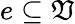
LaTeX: e\subseteq\mathfrak{V}